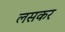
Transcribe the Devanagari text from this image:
लसकर